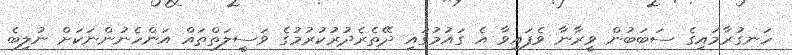
ހަނގުރާމައިގެ ސަބަބުން ވީރާނާ ވެފައިވާ އެ ގައުމުގައި ދޭތެރެދުރުކުރުމުގެ ވަސީލަތްތައް އަންހެނުންނަކަށް ނުލިބެ